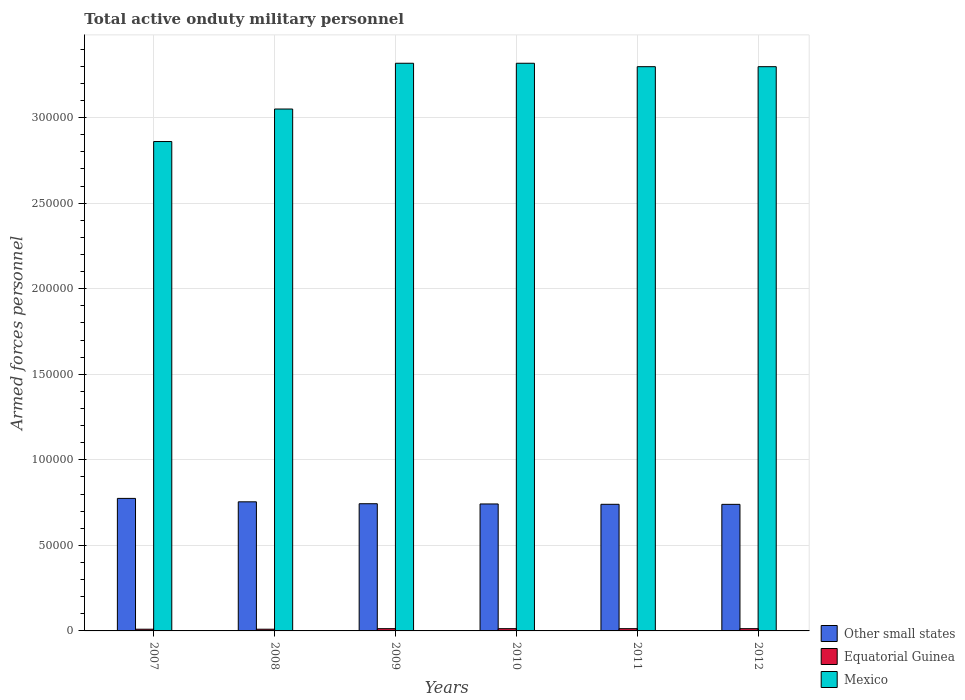
| Years | Other small states | Equatorial Guinea | Mexico |
 | --- | --- | --- | --- |
 | 2007 | 7.74e+04 | 1e+03 | 2.86e+05 |
 | 2008 | 7.54e+04 | 1e+03 | 3.05e+05 |
 | 2009 | 7.43e+04 | 1.32e+03 | 3.32e+05 |
 | 2010 | 7.42e+04 | 1.32e+03 | 3.32e+05 |
 | 2011 | 7.4e+04 | 1.32e+03 | 3.3e+05 |
 | 2012 | 7.4e+04 | 1.32e+03 | 3.3e+05 |